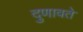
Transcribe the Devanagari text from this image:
दुणावते